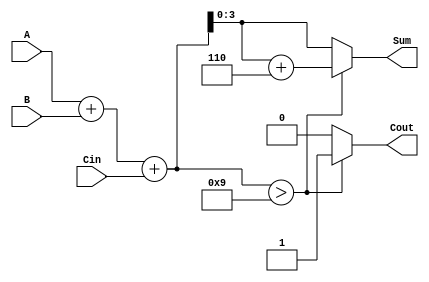
module BCD_Fast_Adder (
    input  wire [3:0] A,      // First BCD digit
    input  wire [3:0] B,      // Second BCD digit
    input  wire Cin,           // Carry input
    output reg  [3:0] Sum,     // Resulting BCD digit
    output reg  Cout           // Carry output
);

    wire [4:0] Temp_Sum;       // Intermediate sum (5 bits to accommodate carry)
    
    // Step 1: Perform binary addition
    assign Temp_Sum = A + B + Cin;

    // Step 2: BCD Correction Logic
    always @(*) begin
        if (Temp_Sum > 9) begin
            // If Temp_Sum exceeds 9, add 6 to correct it
            Sum = Temp_Sum + 5'b00110; // 6 in binary
            Cout = 1'b1;                // Set carry output
        end else begin
            Sum = Temp_Sum[3:0];       // Direct assignment if valid BCD
            Cout = 1'b0;                // No carry
        end
    end

endmodule